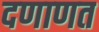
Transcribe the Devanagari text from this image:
दणाणत